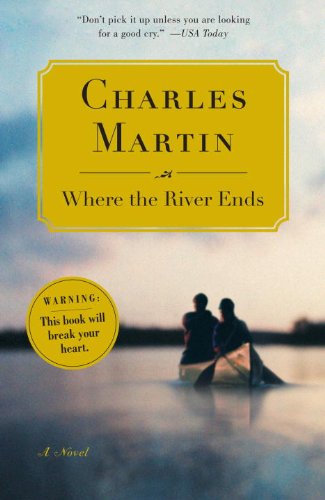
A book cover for Where the River Ends; Charles Martin; Romance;